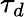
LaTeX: \tau_{d}